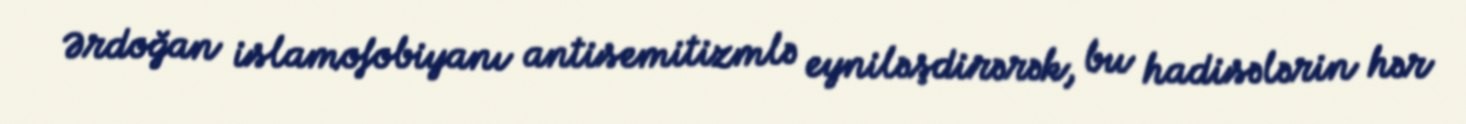
Ərdoğan islamofobiyanı antisemitizmlə eyniləşdirərək, bu hadisələrin hər